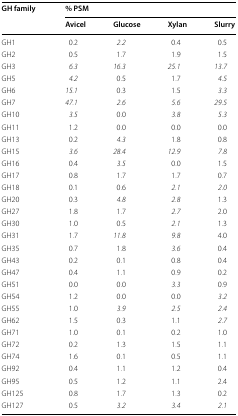
| <ROWSPAN=2> GH family | <COLSPAN=4> % PSM |
 | Avicel | Glucose | Xylan | Slurry |
 | --- | --- | --- | --- | --- |
 | GH1 | 0.2 | 2.2 | 0.4 | 0.5 |
 | GH2 | 0.5 | 1.7 | 1.9 | 1.5 |
 | GH3 | 6.3 | 16.3 | 25.1 | 13.7 |
 | GH5 | 4.2 | 0.5 | 1.7 | 4.5 |
 | GH6 | 15.1 | 0.3 | 1.5 | 3.3 |
 | GH7 | 47.1 | 2.6 | 5.6 | 29.5 |
 | GH10 | 3.5 | 0.0 | 3.8 | 5.3 |
 | GH11 | 1.2 | 0.0 | 0.0 | 0.0 |
 | GH13 | 0.2 | 4.3 | 1.8 | 0.8 |
 | GH15 | 3.6 | 28.4 | 12.9 | 7.8 |
 | GH16 | 0.4 | 3.5 | 0.0 | 1.5 |
 | GH17 | 0.8 | 1.7 | 1.7 | 0.7 |
 | GH18 | 0.1 | 0.6 | 2.1 | 2.0 |
 | GH20 | 0.3 | 4.8 | 2.8 | 1.3 |
 | GH27 | 1.8 | 1.7 | 2.7 | 2.0 |
 | GH30 | 1.0 | 0.5 | 2.1 | 1.3 |
 | GH31 | 1.7 | 11.8 | 9.8 | 4.0 |
 | GH35 | 0.7 | 1.8 | 3.6 | 0.4 |
 | GH43 | 0.2 | 0.1 | 0.8 | 0.4 |
 | GH47 | 0.4 | 1.1 | 0.9 | 0.2 |
 | GH51 | 0.0 | 0.0 | 3.3 | 0.9 |
 | GH54 | 1.2 | 0.0 | 0.0 | 3.2 |
 | GH55 | 1.0 | 3.9 | 2.5 | 2.4 |
 | GH62 | 1.5 | 0.3 | 1.1 | 2.7 |
 | GH71 | 1.0 | 0.1 | 0.2 | 1.0 |
 | GH72 | 0.2 | 1.3 | 1.5 | 1.1 |
 | GH74 | 1.6 | 0.1 | 0.5 | 1.1 |
 | GH92 | 0.4 | 1.1 | 1.2 | 0.4 |
 | GH95 | 0.5 | 1.2 | 1.1 | 2.4 |
 | GH125 | 0.8 | 1.7 | 1.3 | 0.2 |
 | GH127 | 0.5 | 3.2 | 3.4 | 2.1 |